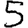
Digit: 5